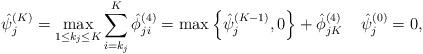
LaTeX: \begin{align*}\hat \psi _j^{(K)} = \mathop {\max }\limits_{1 \le {k_j} \le K} \sum\limits_{i = {k_j}}^K {\hat \phi _{ji}^{\left( 4 \right)}} = \max \left\{ {\hat \psi _j^{(K - 1)},0} \right\} + \hat \phi _{jK}^{\left( 4 \right)} \;\; \;\; \hat \psi _j^{(0)}=0,\end{align*}